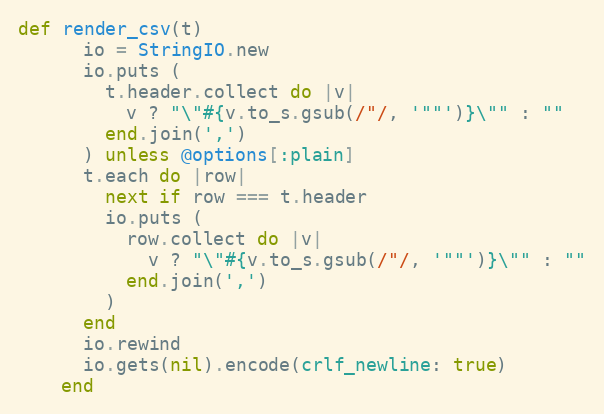
Language: Ruby
def render_csv(t)
      io = StringIO.new
      io.puts (
        t.header.collect do |v|
          v ? "\"#{v.to_s.gsub(/"/, '""')}\"" : ""
        end.join(',')
      ) unless @options[:plain]
      t.each do |row|
        next if row === t.header
        io.puts (
          row.collect do |v|
            v ? "\"#{v.to_s.gsub(/"/, '""')}\"" : ""
          end.join(',')
        )
      end
      io.rewind
      io.gets(nil).encode(crlf_newline: true)
    end